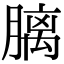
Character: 𪱩